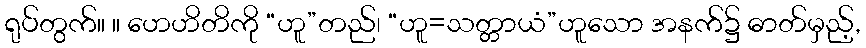
ရုပ်တွက်။ ။ ဟေဟိတိကို “ဟူ”တည်၊ “ဟူ=သတ္တာယံ”ဟူသော အနက်၌ ဓာတ်မှည့်,